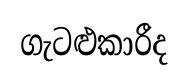
ගැටළුකාරීද